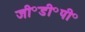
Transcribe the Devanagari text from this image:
जी॰डी॰पी॰